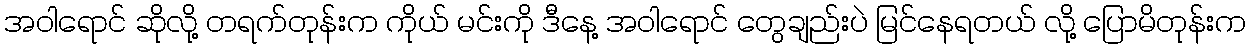
အဝါရောင် ဆိုလို့ တရက်တုန်းက ကိုယ် မင်းကို ဒီနေ့ အဝါရောင် တွေချည်းပဲ မြင်နေရတယ် လို့ ပြောမိတုန်းက